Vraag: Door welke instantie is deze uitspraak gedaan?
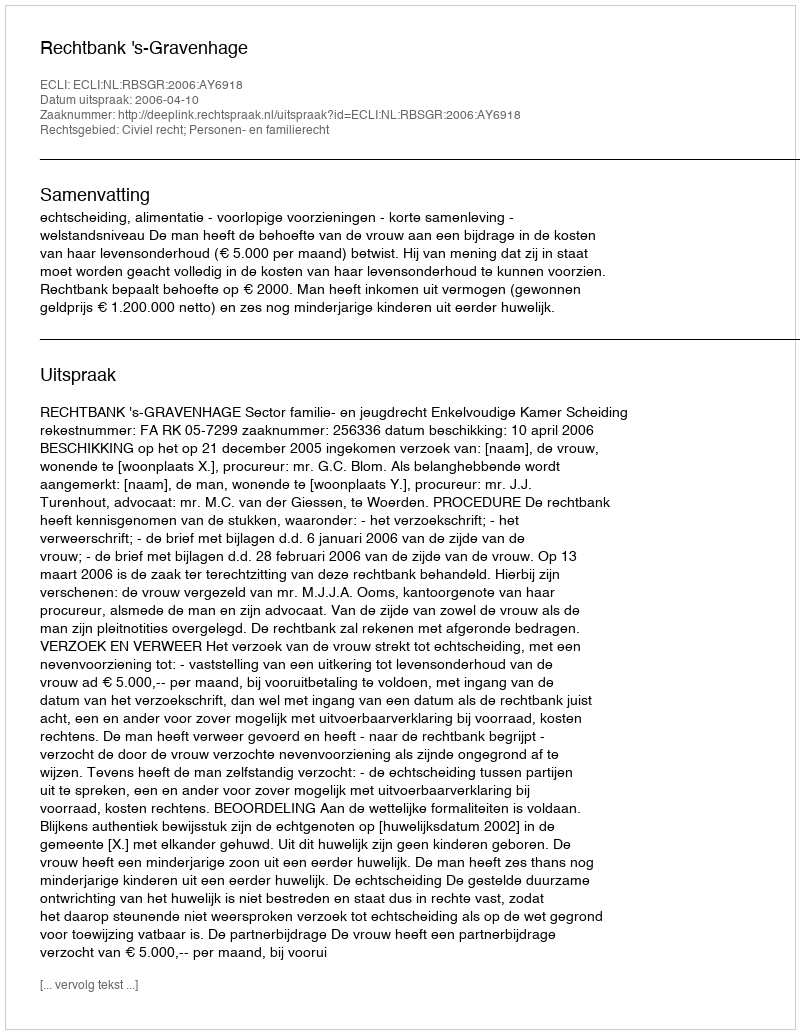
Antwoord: Rechtbank 's-Gravenhage